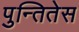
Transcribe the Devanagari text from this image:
पुन्तितेस